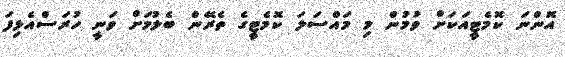
އޮންނަ ކޮމެޓީއަކަށް ވުމުން މި މައްސަލަ ކޮމެޓީގެ ތެރޭން ބެލުމަށް ވަނީ ހުރަސްއެޅިފަ